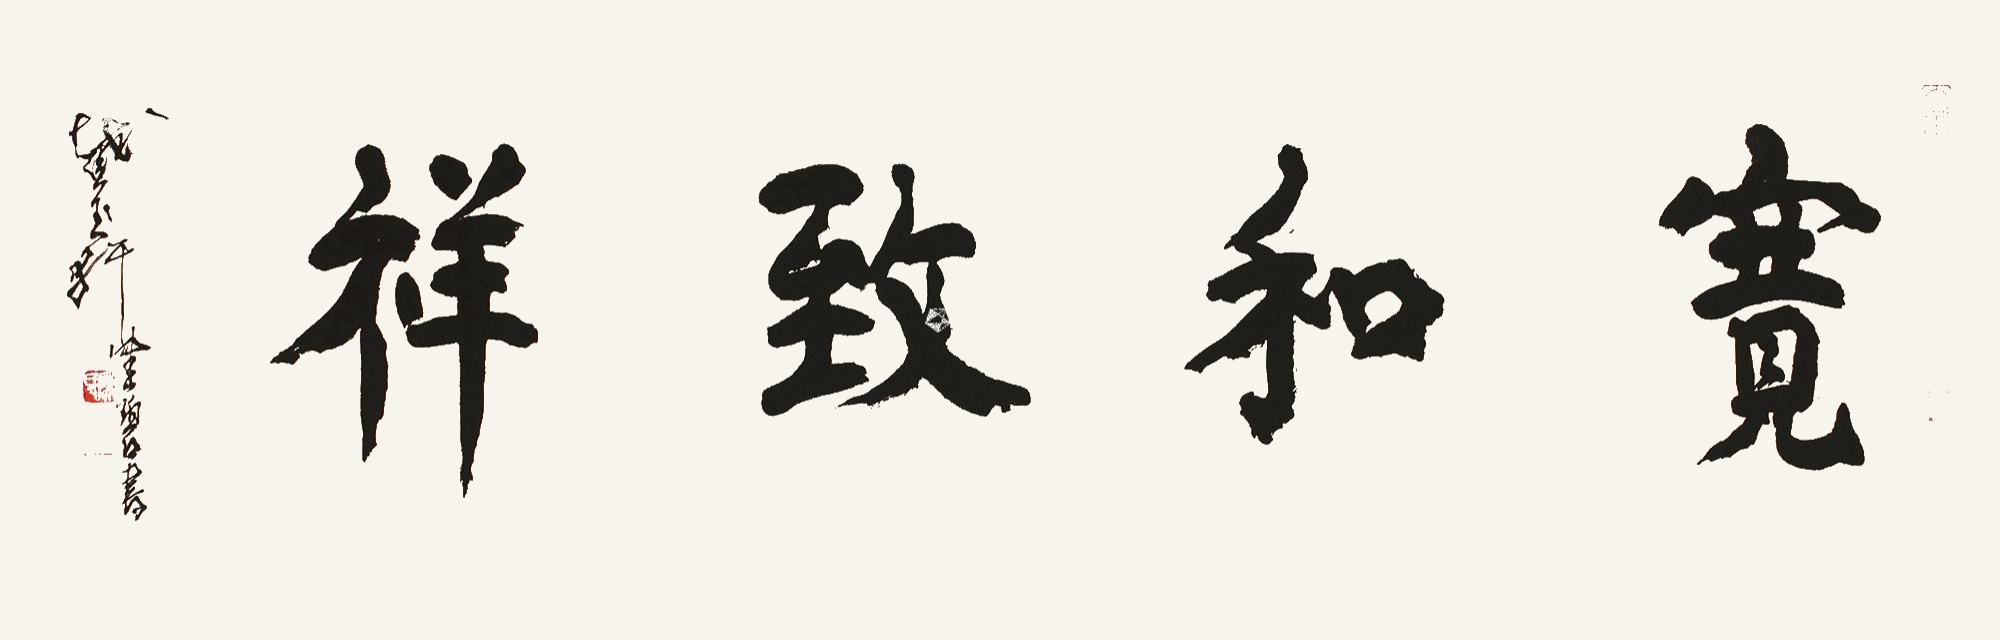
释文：宽和致祥。截玉轩健碧书。